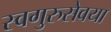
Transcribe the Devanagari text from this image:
स्वगुरुसेवया